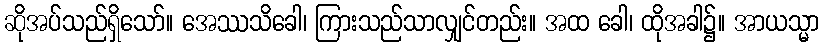
ဆိုအပ်သည်ရှိသော်။ အေဿသိခေါ၊ ကြားသည်သာလျှင်တည်း။ အထ ခေါ၊ ထိုအခါ၌။ အာယသ္မာ